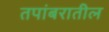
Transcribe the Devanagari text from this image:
तपांबरातील